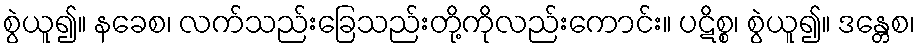
စွဲယူ၍။ နခေစ၊ လက်သည်းခြေသည်းတို့ကိုလည်းကောင်း။ ပဋိစ္စ၊ စွဲယူ၍။ ဒန္တေစ၊